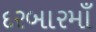
દરબારમાઁ